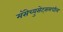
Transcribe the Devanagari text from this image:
मॅसेच्युसेट्समधील